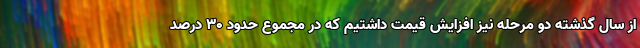
از سال گذشته دو مرحله نیز افزایش قیمت داشتیم که در مجموع حدود ۳۰ درصد